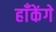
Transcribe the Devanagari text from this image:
हाँकेंगे